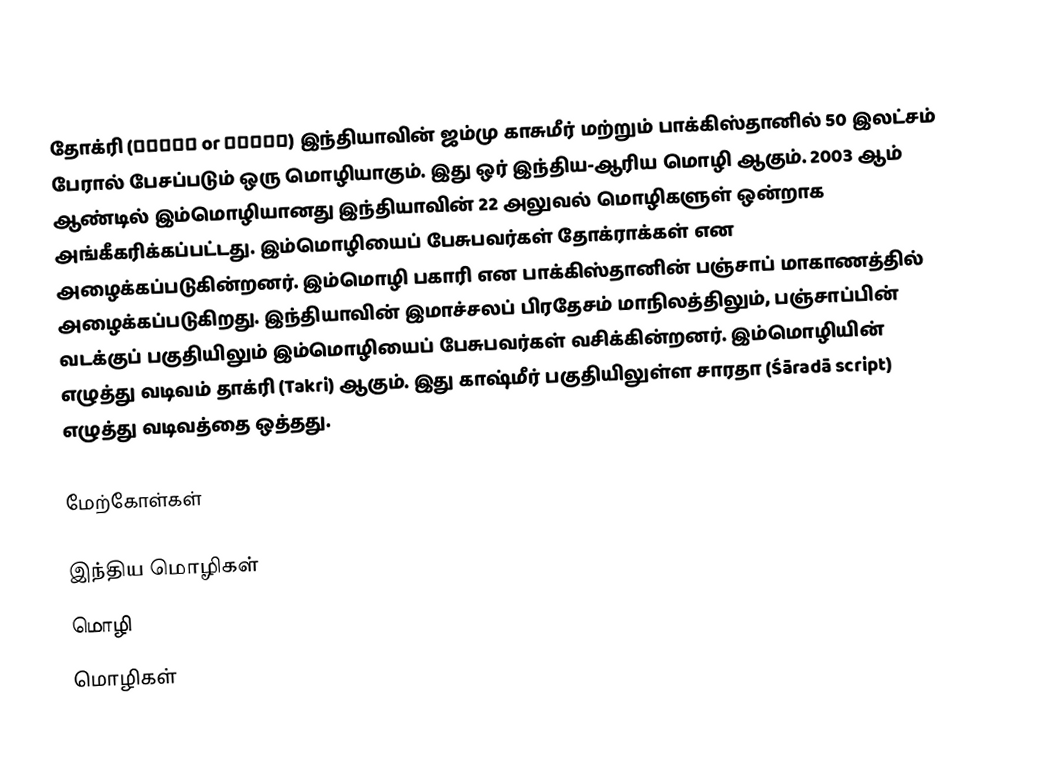
தோக்ரி (डोगरी or ڈوگرى) இந்தியாவின் ஜம்மு காசுமீர் மற்றும் பாக்கிஸ்தானில் 50 இலட்சம் பேரால் பேசப்படும் ஒரு மொழியாகும். இது ஒர் இந்திய-ஆரிய மொழி ஆகும். 2003 ஆம் ஆண்டில் இம்மொழியானது இந்தியாவின் 22 அலுவல் மொழிகளுள் ஒன்றாக அங்கீகரிக்கப்பட்டது. இம்மொழியைப் பேசுபவர்கள் தோக்ராக்கள் என அழைக்கப்படுகின்றனர். இம்மொழி பகாரி என பாக்கிஸ்தானின் பஞ்சாப் மாகாணத்தில் அழைக்கப்படுகிறது. இந்தியாவின் இமாச்சலப் பிரதேசம் மாநிலத்திலும், பஞ்சாப்பின் வடக்குப் பகுதியிலும் இம்மொழியைப் பேசுபவர்கள் வசிக்கின்றனர். இம்மொழியின் எழுத்து வடிவம் தாக்ரி (Takri) ஆகும். இது காஷ்மீர் பகுதியிலுள்ள சாரதா (Śāradā script) எழுத்து வடிவத்தை ஒத்தது.

மேற்கோள்கள்

இந்திய மொழிகள்
மொழி
மொழிகள்